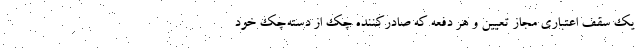
یک سقف اعتباری مجاز تعیین و هر دفعه که صادرکننده چک از دسته‌چک خود